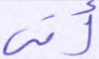
أتى